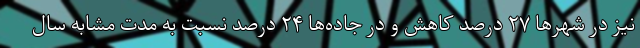
نیز در شهرها ۲۷ درصد کاهش و در جاده‌ها ۲۴ درصد نسبت به مدت مشابه سال